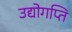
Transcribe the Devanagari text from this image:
उद्योगप्ति